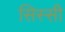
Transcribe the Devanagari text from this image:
सिस्सी